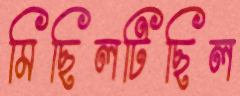
মিছিলটিছিল